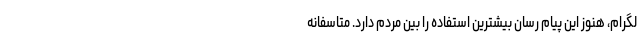
لگرام، هنوز این پیام رسان بیشترین استفاده را بین مردم دارد. متاسفانه